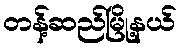
တန့်ဆည်မြို့နယ်